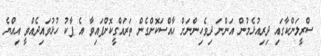
ސްރީލަންކާގައި ދިރިއުޅެމުން އަންނަ ދިވެހިންނަށް ހާއްސަކޮށްގެން ތަރައްގީކޮށްފައިވާ އެ ޕާކު ހުޅުވައިދެއްވީ އިއްޔެ